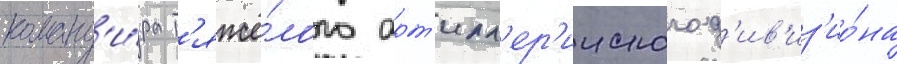
команд'и́ра т'яжё́лого арт'илл'ер'ииского д'ив'из'ио́на